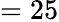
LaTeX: =25